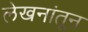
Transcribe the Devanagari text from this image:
लेखनांतून